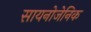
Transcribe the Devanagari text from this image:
सायनोजेनिक